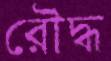
রৌদ্ধ